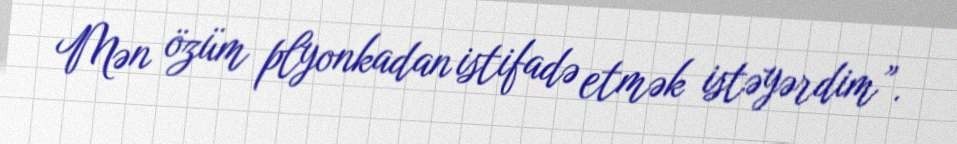
Mən özüm plyonkadan istifadə etmək istəyərdim”.